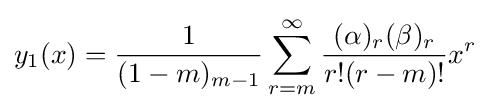
y_{1}(x)={\frac {1}{(1-m)_{m-1}}}\sum _{r=m}^{\infty }{\frac {(\alpha )_{r}(\beta )_{r}}{r!(r-m)!}}x^{r}